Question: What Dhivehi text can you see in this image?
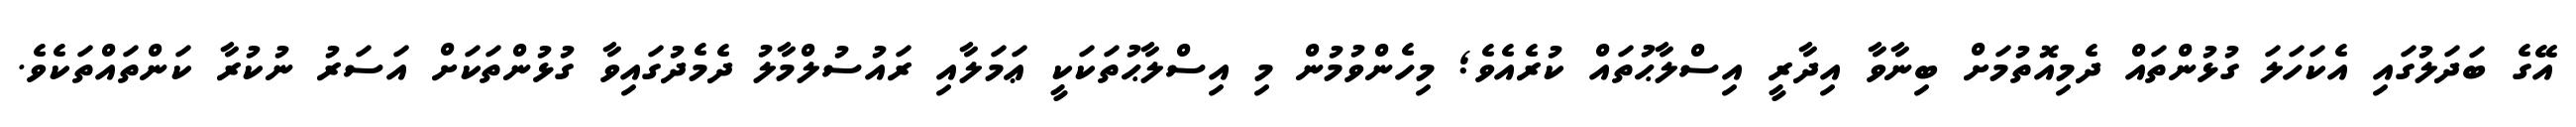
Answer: އޭގެ ބަދަލުގައި އެކަހަލަ ގުޅުންތައް ދެމިއޮތުމަށް ބިނާވާ އިދާރީ އިސްލާޙުތައް ކުރެއެވެ; މިހެންވުމުން މި އިސްލާޙުތަކަކީ ޢަމަލާއި ރައުސުލްމާލު ދެމެދުގައިވާ ގުޅުންތަކަށް އަސަރު ނުކުރާ ކަންތައްތަކެވެ.